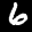
Label: 6